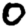
Digit: 0